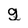
Character: g